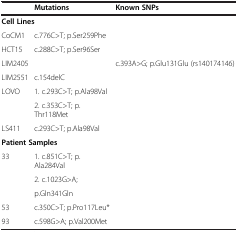
<table><thead><tr><td><b> </b></td><td><b>Mutations</b></td><td><b>Known SNPs</b></td></tr></thead><tbody><tr><td colspan="3"><b>Cell Lines</b></td></tr><tr><td>CoCM1</td><td>c.776C&gt;T; p.Ser259Phe</td><td> </td></tr><tr><td>HCT15</td><td>c.288C&gt;T; p.Ser96Ser</td><td> </td></tr><tr><td>LIM2405</td><td> </td><td>c.393A&gt;G; p.Glu131Glu (rs140174146)</td></tr><tr><td>LIM2551</td><td>c.154delC</td><td> </td></tr><tr><td>LOVO</td><td>1. c.293C&gt;T; p.Ala98Val</td><td> </td></tr><tr><td> </td><td>2. c.353C&gt;T; p.Thr118Met</td><td> </td></tr><tr><td>LS411</td><td>c.293C&gt;T; p.Ala98Val</td><td> </td></tr><tr><td colspan="3"><b>Patient Samples</b></td></tr><tr><td>33</td><td>1. c.851C&gt;T; p.Ala284Val</td><td> </td></tr><tr><td> </td><td>2. c.1023G&gt;A;</td><td> </td></tr><tr><td> </td><td>p.Gln341Gln</td><td> </td></tr><tr><td>53</td><td>c.350C&gt;T; p.Pro117Leu*</td><td> </td></tr><tr><td>93</td><td>c.598G&gt;A; p.Val200Met</td><td> </td></tr></tbody></table>